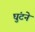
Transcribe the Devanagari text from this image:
घुंटने